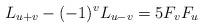
LaTeX: \begin{align*}L_{u + v} - (-1)^vL_{u-v}=5F_vF_u \end{align*}